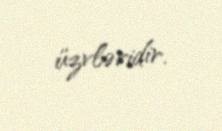
üzvləridir.